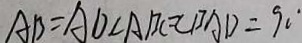
A B = A D \angle A B C = \angle B A D = 9 0 ^ { \circ }